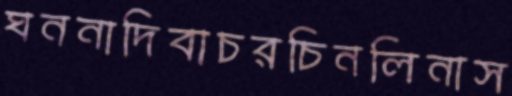
ঘননাদিবাচরচিনলিনাস